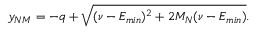
y _ { N M } = - q + \sqrt { ( \nu - E _ { m i n } ) ^ { 2 } + 2 M _ { N } ( \nu - E _ { m i n } ) } .